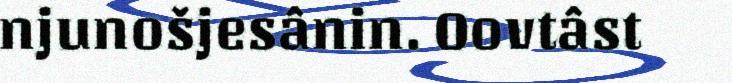
njunošjesânin. Oovtâst